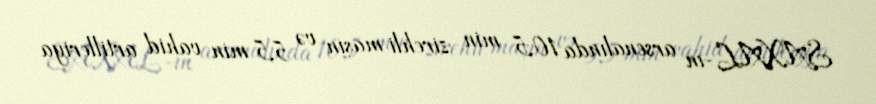
SAXAL-ın arsenalında 10,5 min zirehli maşın və 5,5 min vahid artilleriya